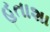
હતાશા